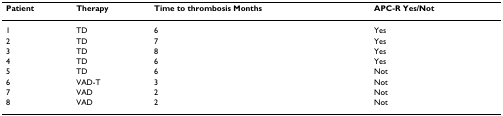
<table><thead><tr><td><b>Patient</b></td><td><b>Therapy</b></td><td><b>Time to thrombosis Months</b></td><td><b>APC-R Yes/Not</b></td></tr></thead><tbody><tr><td>1</td><td>TD</td><td>6</td><td>Yes</td></tr><tr><td>2</td><td>TD</td><td>7</td><td>Yes</td></tr><tr><td>3</td><td>TD</td><td>8</td><td>Yes</td></tr><tr><td>4</td><td>TD</td><td>6</td><td>Yes</td></tr><tr><td>5</td><td>TD</td><td>6</td><td>Not</td></tr><tr><td>6</td><td>VAD-T</td><td>3</td><td>Not</td></tr><tr><td>7</td><td>VAD</td><td>2</td><td>Not</td></tr><tr><td>8</td><td>VAD</td><td>2</td><td>Not</td></tr></tbody></table>